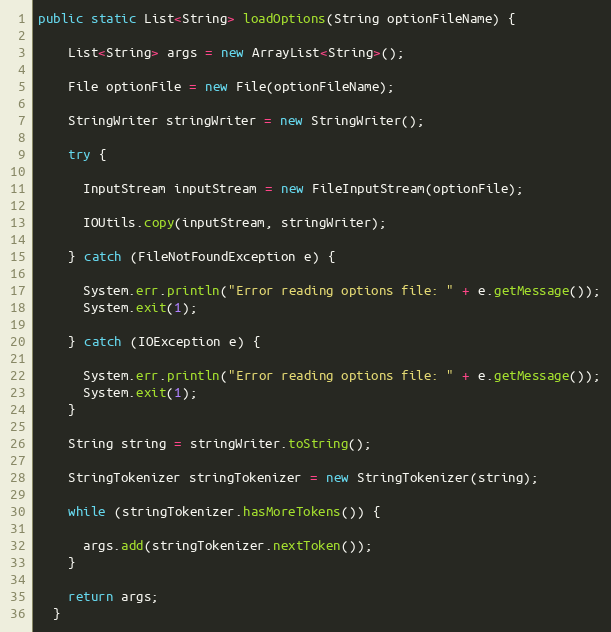
Language: Java
public static List<String> loadOptions(String optionFileName) {

    List<String> args = new ArrayList<String>();

    File optionFile = new File(optionFileName);

    StringWriter stringWriter = new StringWriter();

    try {

      InputStream inputStream = new FileInputStream(optionFile);

      IOUtils.copy(inputStream, stringWriter);

    } catch (FileNotFoundException e) {

      System.err.println("Error reading options file: " + e.getMessage());
      System.exit(1);

    } catch (IOException e) {

      System.err.println("Error reading options file: " + e.getMessage());
      System.exit(1);
    }

    String string = stringWriter.toString();

    StringTokenizer stringTokenizer = new StringTokenizer(string);

    while (stringTokenizer.hasMoreTokens()) {

      args.add(stringTokenizer.nextToken());
    }

    return args;
  }